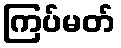
ကြပ်မတ်